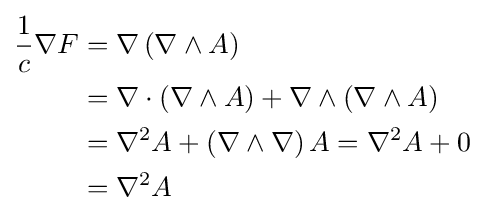
{\begin{aligned}{\frac {1}{c}}\nabla F&=\nabla \left(\nabla \wedge A\right)\\&=\nabla \cdot \left(\nabla \wedge A\right)+\nabla \wedge \left(\nabla \wedge A\right)\\&=\nabla ^{2}A+\left(\nabla \wedge \nabla \right)A=\nabla ^{2}A+0\\&=\nabla ^{2}A\end{aligned}}